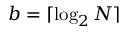
b = \lceil \log _ { 2 } N \rceil